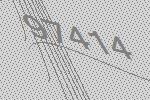
97414